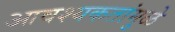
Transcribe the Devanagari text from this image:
आवश्यकतांमुळे